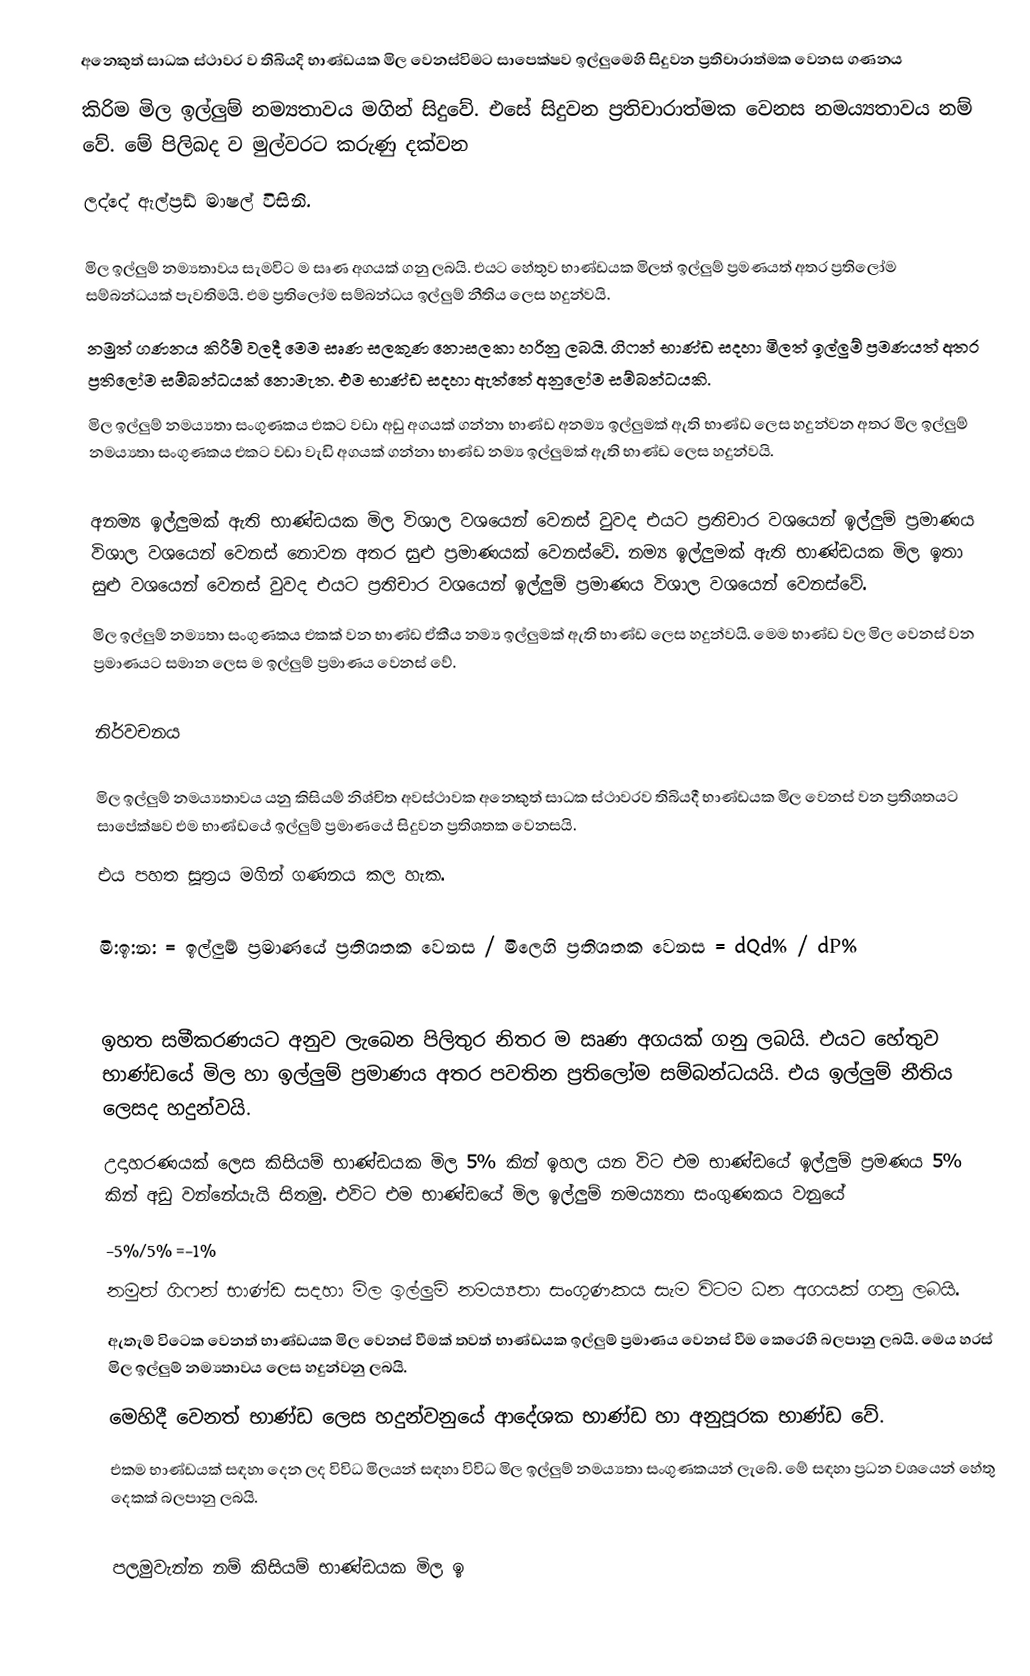
අනෙකුත් සාධක ස්ථාවර ව තිබියදි භාණ්ඩයක මිල වෙනස්විමට සාපෙ‍ක්ෂව ඉල්ලුමෙහි සිදුවන ප්‍රතිචාරාත්මක වෙනස ගණනය
කිරිම මිල ඉල්ලුම් නම‍‍‍‍‍්‍යතාවය මගින් සිදුවේ.‍‍ එසේ සිදුවන ප්‍රතිචාරාත්මක වෙනස නම‍ය්‍යතාවය නම් වේ. මේ පිලිබද ව මුල්වරට කරුණු දක්වන
ලද්දේ ඇල්ප්‍රඩ් මාෂල් විසිනි.

මිල ඉල්ලුම් නම‍‍‍‍‍්‍යතාවය  සැමවිට ම සෘණ අගයක් ගනු ලබයි. එයට හේතුව භාණ්ඩයක මිලත් ඉල්ලුම් ප්‍රමණයත් අතර ප්‍රතිලෝම සම්බන්ධයක් පැවතිමයි. එම ප්‍රතිලෝම සම්බන්ධය ඉල්ලුම් නීතිය ලෙස හදුන්වයි.
නමුත් ගණනය කිරීම් වලදී මෙම සෘණ සලකුණ නොසලකා හරිනු ලබයි. ගිෆන් භාණ්ඩ සදහා මිලත් ඉල්ලුම් ප්‍රමණයත් අතර ප්‍රතිලෝම සම්බන්ධයක් නොමැත. එම භාණ්ඩ සදහා ඇත්තේ අනුලෝම සම්බන්ධයකි.
මිල ඉල්ලුම් නම‍ය්‍යතා සංගුණකය එකට වඩා අඩු අගයක් ගන්නා භාණ්ඩ අනම්‍ය ඉල්ලුමක් ඇති භාණ්ඩ ලෙස හදුන්වන අතර මිල ඉල්ලුම් නම‍ය්‍යතා සංගුණකය එකට වඩා වැඩි අගයක් ගන්නා භාණ්ඩ නම්‍ය ඉල්ලුමක් ඇති භාණ්ඩ ලෙස හදුන්වයි.

අනම්‍ය ඉල්ලුමක් ඇති භාණ්ඩයක මිල විශාල වශයෙන් වෙනස් වුවද එයට ප්‍රතිචාර වශයෙන්  ඉල්ලුම් ප්‍රමාණය  විශාල වශයෙන් වෙනස් නොවන අතර සුළු ප්‍රමාණයක් වෙනස්වේ.  නම්‍ය ඉල්ලුමක් ඇති භාණ්ඩයක මිල ඉතා සුළු වශයෙන් වෙනස් වුවද එයට ප්‍රතිචාර වශයෙන්  ඉල්ලුම් ප්‍රමාණය  විශාල වශයෙන් වෙනස්වේ.
මිල ඉල්ලුම්  නම‍‍‍‍‍්‍යතා සංගුණකය එකක් වන භාණ්ඩ ඒකීය නම්‍ය ඉල්ලුමක් ඇති භාණ්ඩ ලෙස හදුන්වයි. මෙම භාණ්ඩ වල මිල වෙනස් වන ප්‍රමාණයට සමාන ලෙස ම ඉල්ලුම් ප්‍රමාණය වෙනස් වේ.

නිර්වචනය

මිල ඉල්ලුම් නම‍ය්‍යතාවය යනු කිසියම් නිශ්චිත අවස්ථාවක අනෙකුත් සාධක ස්ථාවරව තිබියදී භාණ්ඩයක මිල වෙනස් වන ප්‍රතිශතයට සාපේක්ෂව එම භාණ්ඩයේ ඉල්ලුම් ප්‍රමාණයේ සිදුවන ප්‍රතිශතක වෙනසයි.
එය පහත සූත්‍රය මගින් ගණනය කල හැක.

මි:ඉ:න: = ඉල්ලුම් ප්‍රමාණයේ ප්‍රතිශතක වෙනස / මිලෙහි ප්‍රතිශතක වෙනස    = dQd% / dP%

ඉහත සමීකරණයට අනුව ලැබෙන පිලිතුර නිතර ම සෘණ අගයක් ගනු ලබයි. එයට හේතුව භාණ්ඩයේ මිල හා ඉල්ලුම් ප්‍රමාණය අතර පවතින ප්‍රතිලෝම සම්බන්ධයයි. එය ඉල්ලුම් නීතිය ලෙසද හදුන්වයි.
උදාහරණයක් ලෙස කිසියම් භාණ්ඩයක මිල 5% කින් ඉහල යන විට එම භාණ්ඩයේ ඉල්ලුම් ප්‍රමණය 5% කින් අඩු වන්නේයැයි සිතමු. එවිට එම භාණ්ඩයේ   මිල ඉල්ලුම් නම‍ය්‍යතා සංගුණකය වනුයේ
	-5%/5% =-1%
නමුත් ගිෆන් භාණ්ඩ සදහා  මිල ඉල්ලුම් නම‍ය්‍යතා සංගුණකය සැම විටම ධන අගයක් ගනු ලබයි.
ඇතැම් විටෙක වෙනත් භාණ්ඩයක මිල වෙනස් වීමක්  තවත් භාණ්ඩයක ඉල්ලුම් ප්‍රමාණය වෙනස් වීම කෙරෙහි බලපානු ලබයි. මෙය හරස් මිල ඉල්ලුම් නම‍‍‍‍‍්‍යතාවය ලෙස හදුන්වනු ලබයි.
මෙහිදී වෙනත් භාණ්ඩ ලෙස හදුන්වනුයේ ආදේශක භාණ්ඩ හා අනුපූරක භාණ්ඩ වේ.
එකම භාණ්ඩයක් සඳහා දෙන ලද විවිධ මිලයන් සඳහා විවිධ මිල ඉල්ලුම් නම‍ය්‍යතා  සංගුණකයන් ලැබේ. මේ සඳහා ප්‍රධන වශයෙන් හේතු දෙකක් බලපානු ලබයි.

පලමුවැන්න නම් කිසියම් භාණ්ඩයක මිල ඉ